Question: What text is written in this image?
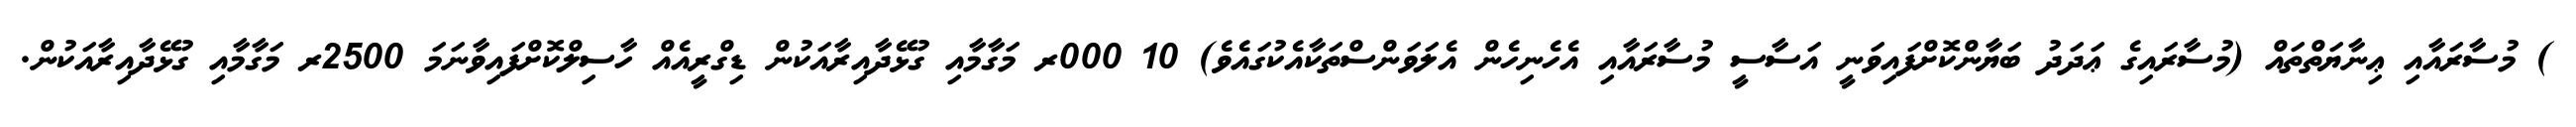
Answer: ) މުސާރައާއި ޢިނާޔަތްތައް (މުސާރައިގެ ޢަދަދު ބަޔާންކޮށްފައިވަނީ އަސާސީ މުސާރައާއި އެހެނިހެން އެލަވަންސްތަކާއެކުގައެވެ) 10 000ރ މަގާމާއި ގުޅޭދާއިރާއަކުން ޑިގްރީއެއް ހާސިލްކޮށްފައިވާނަމަ 2500ރ މަގާމާއި ގުޅޭދާއިރާއަކުން.